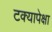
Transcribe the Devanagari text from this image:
टक्यापेक्षा